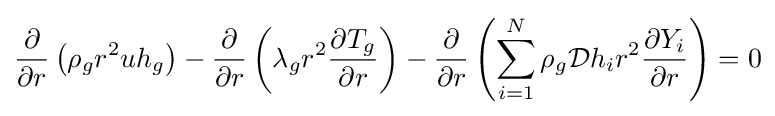
{\frac {\partial }{\partial {r}}}\left(\rho _{g}r^{2}uh_{g}\right)-{\frac {\partial }{\partial {r}}}\left(\lambda _{g}r^{2}{\frac {\partial {T_{g}}}{\partial {r}}}\right)-{\frac {\partial }{\partial {r}}}\left(\sum _{i=1}^{N}\rho _{g}{\mathcal {D}}h_{i}r^{2}{\frac {\partial {Y_{i}}}{\partial {r}}}\right)=0